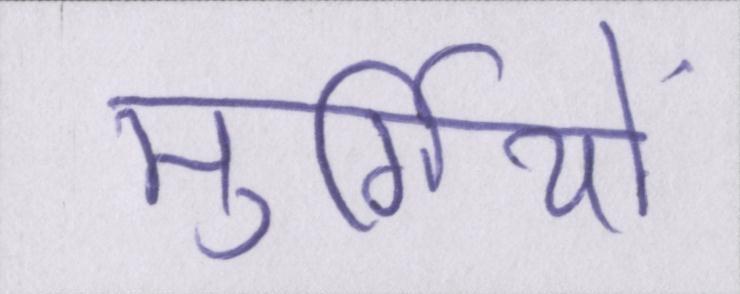
मुर्गियों